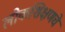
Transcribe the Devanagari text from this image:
लोकशिक्षणचे